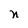
Character: x